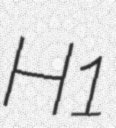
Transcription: H1